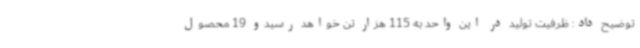
توضیح داد: ظرفیت تولید در این واحد به 115 هزار تن خواهد رسیدو 19 محصول